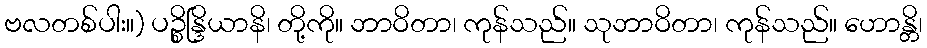
ဗလတစ်ပါး။) ပဉ္စိန္ဒြိယာနိ၊ တို့ကို။ ဘာဝိတာ၊ ကုန်သည်။ သုဘာဝိတာ၊ ကုန်သည်။ ဟောန္တိ၊